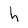
Character: h